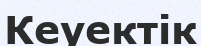
Кеуектік